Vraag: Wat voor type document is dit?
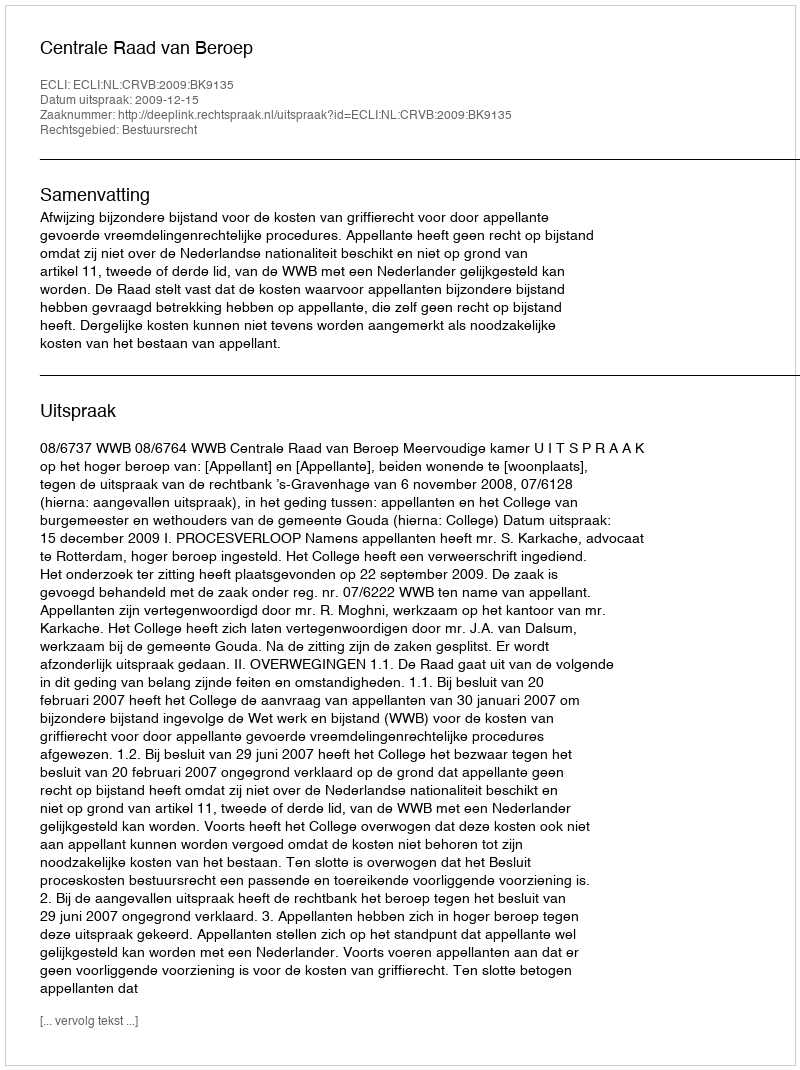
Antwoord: Uitspraak